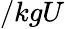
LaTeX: /kgU